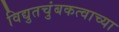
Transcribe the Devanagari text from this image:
विद्युतचुंबकत्वाच्या